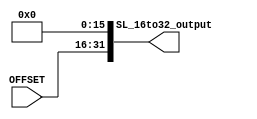
module SL_16to32(
    input wire [15:0] OFFSET,

    output wire [31:0] SL_16to32_output
);
    wire [31:0] A1;
    assign A1 = {{16{1'b0}}, OFFSET};

    assign SL_16to32_output = A1 << 16; 

endmodule